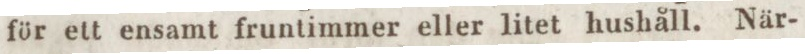
för ett ensamt fruntimmer eller litet hushåll. När-